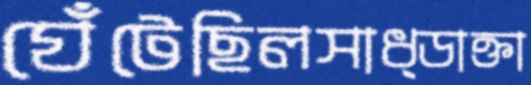
ঘেঁটেছিলসাধ্‌ডাক্তা